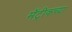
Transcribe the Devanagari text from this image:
मॅट्रीकच्या